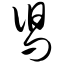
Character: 舄